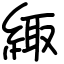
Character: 緅